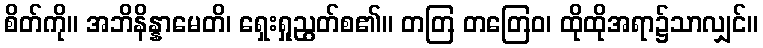
စိတ်ကို။ အဘိနိန္နာမေတိ၊ ရှေးရှုညွတ်စ၏။ တတြ တတြေဝ၊ ထိုထိုအရာ၌သာလျှင်။